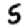
Digit: 5